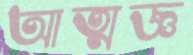
আত্মজ্ঞ